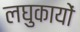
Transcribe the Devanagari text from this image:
लघुकायों